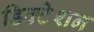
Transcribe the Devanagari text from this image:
डिक्‍टेशन